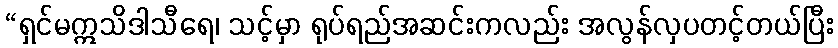
“ရှင်မဣသိဒါသီရေ၊ သင့်မှာ ရုပ်ရည်အဆင်းကလည်း အလွန်လှပတင့်တယ်ပြီး